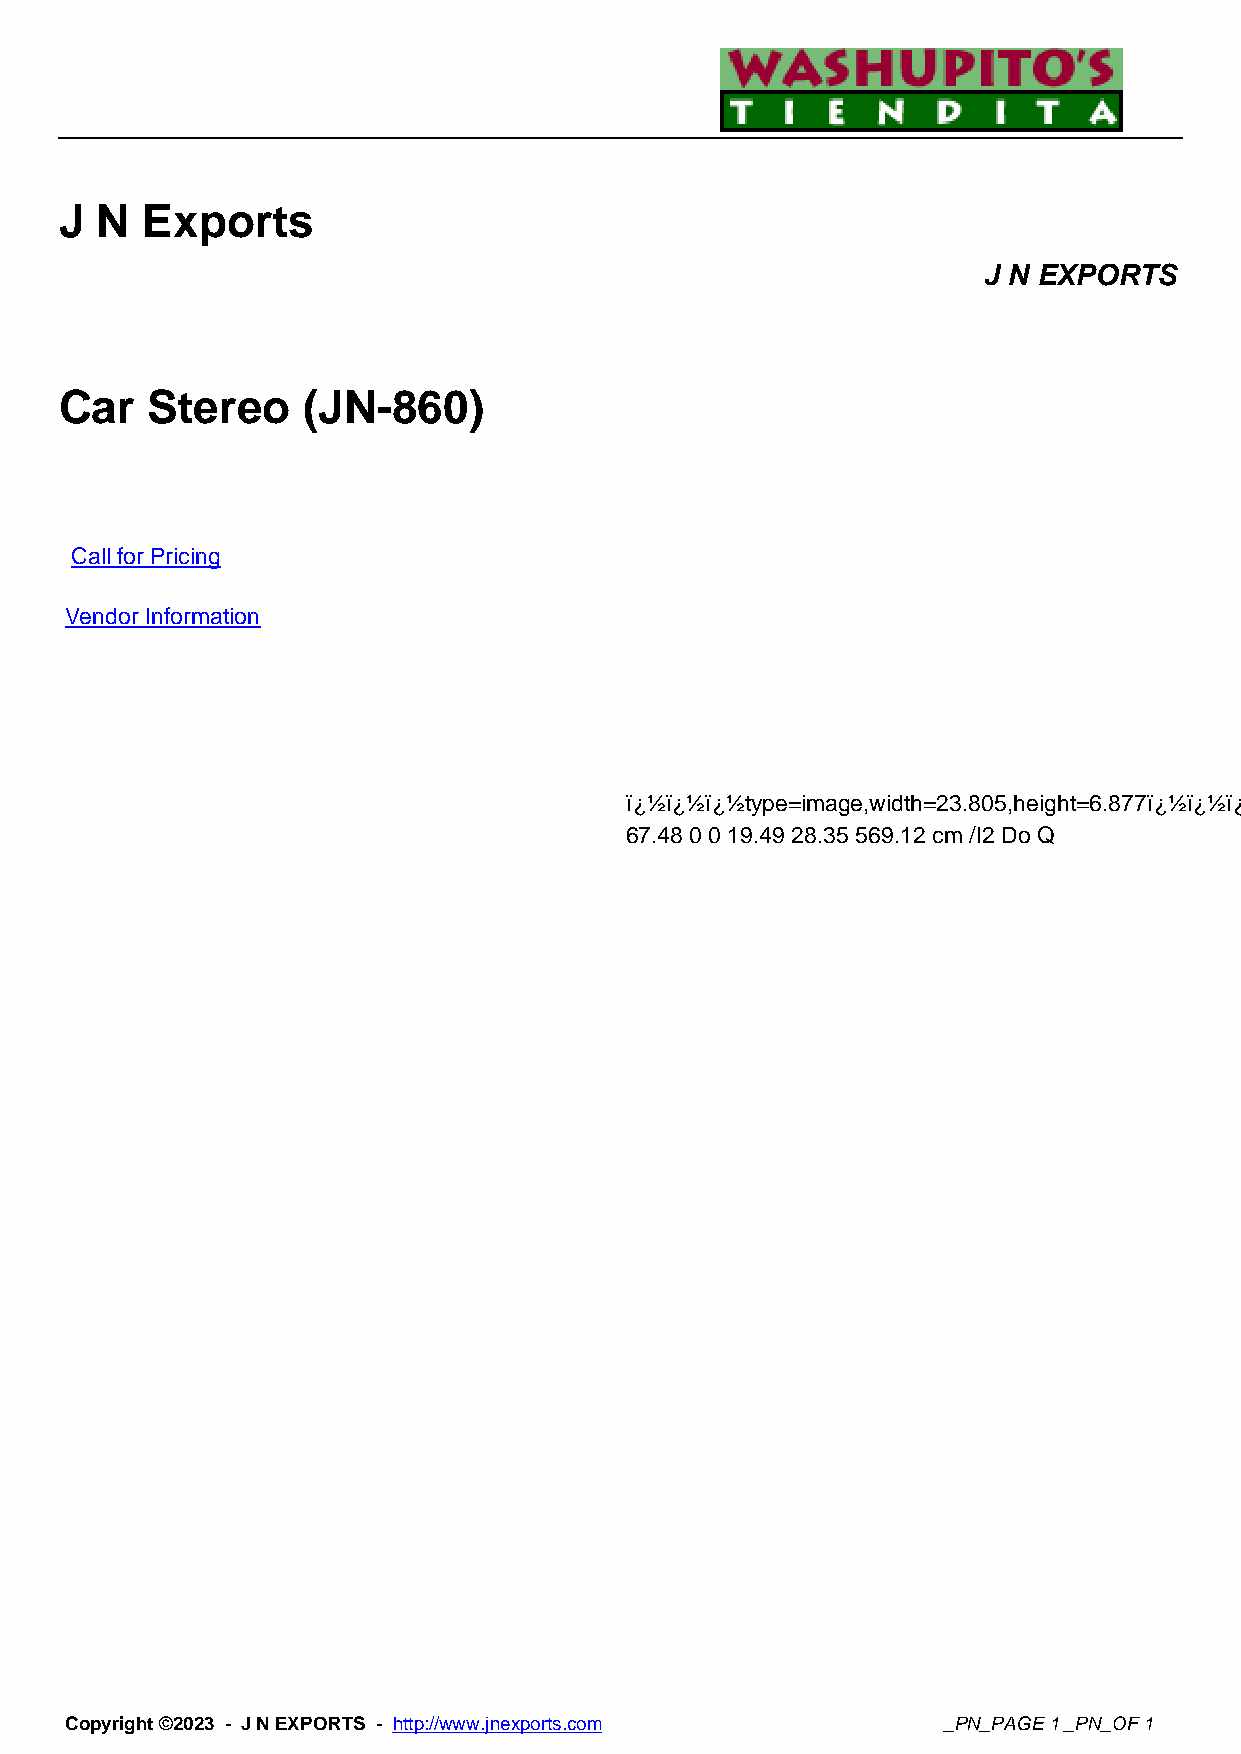
J N  Exports
 J N EXPORTS
 Car   Stereo    (JN-860)
 Call for Pricing
 Vendor Information
 ï¿½ï¿½ï¿½type=image,width=23.805,height=6.877ï¿½ï¿½ï¿½q
 67.48 0 0 19.49 28.35 569.12 cm /I2 Do Q
 Copyright ©2023 - J N EXPORTS - http://www.jnexports.com  _PN_PAGE 1 _PN_OF 1